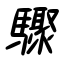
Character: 驟